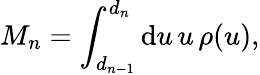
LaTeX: M_{n}=\int_{d_{n-1}}^{d_{n}}\mathrm{d}u\, u\, \rho(u),